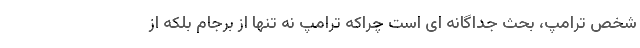
شخص ترامپ، بحث جداگانه ای است چراکه ترامپ نه تنها از برجام بلکه از